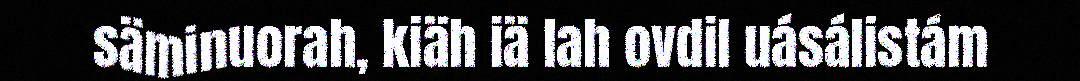
säminuorah, kiäh iä lah ovdil uásálistám